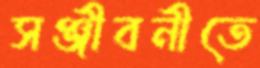
সঞ্জীবনীতে